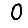
Digit: 0